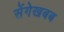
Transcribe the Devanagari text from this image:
सेंगेखबब